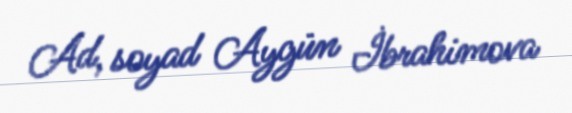
Ad, soyad Aygün İbrahimova